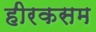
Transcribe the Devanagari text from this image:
हीरकसम